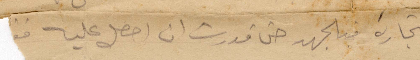
التجارة قد الجهد قدرت ان احصل عليه من